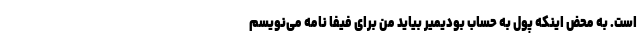
است. به محض اینکه پول به حساب بودیمیر بیاید من برای فیفا نامه می‌نویسم